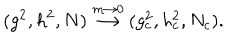
( g ^ { 2 } , h ^ { 2 } , N ) \stackrel { m \rightarrow 0 } { \longrightarrow } ( g _ { c } ^ { 2 } , h _ { c } ^ { 2 } , N _ { c } ) .